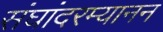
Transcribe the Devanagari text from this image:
संघांदरम्यानन